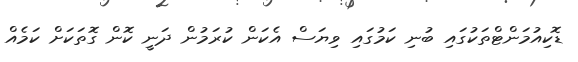
ޑޮކިއުމަންޓްތަކުގައި ބުނި ކަމުގައި ވިޔަސް އެކަން ކުރަމުން ދަނީ ކޮން ގޮތަކަށް ކަމެއް